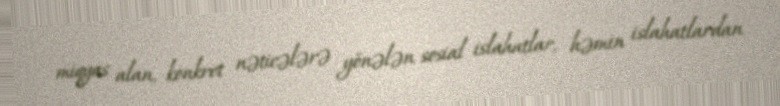
miqyas alan, konkret nəticələrə yönələn sosial islahatlar, həmin islahatlardan